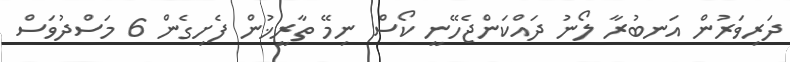
ދަރިވަރުން އަނބުރާ ލޯނު ދައްކަންޖެހޭނީ ކޯސް ނިމޭ ތާރީޚުން ފެށިގެން 6 މަސްދުވަސް